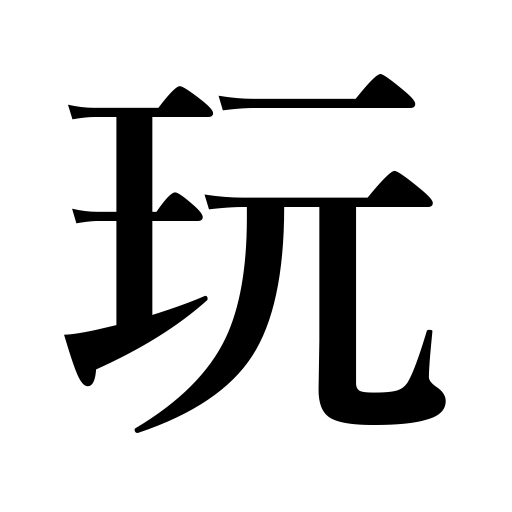
Meanings: play with,take pleasure in,make sport of,trifle with affections,play on an instrument,play